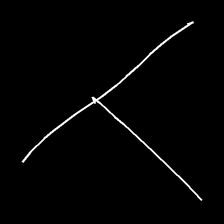
Glyph: column